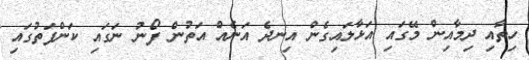
ހިތާއި ދިމާއިން މޭގައި އަޅާލައިގެން އިނދެ އަނެއް އަތުން ފޯނު ނަގައި ކަންފަތުގައި